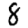
Digit: 8